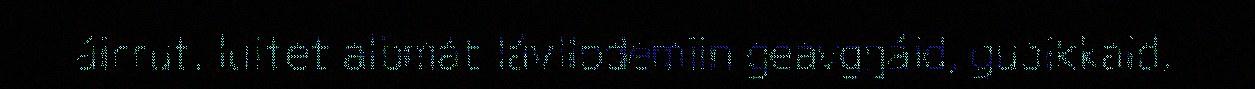
áirrut, luitet albmát lávllodemiin geavgŋáid, guoikkaid,